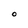
Character: O